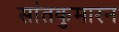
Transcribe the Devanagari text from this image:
सांतकुमारन